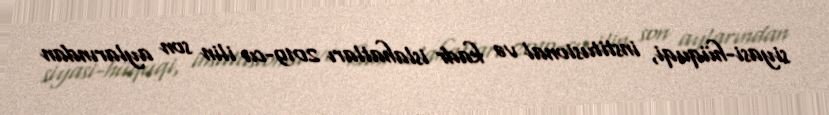
siyasi-hüquqi, institusional və kadr islahatları 2019-cu ilin son aylarından